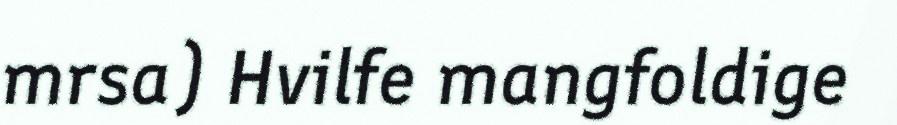
mrsa) Hvilfe mangfoldige